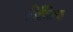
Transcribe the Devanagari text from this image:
निर्देशिल्या